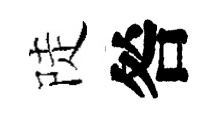
陡咎